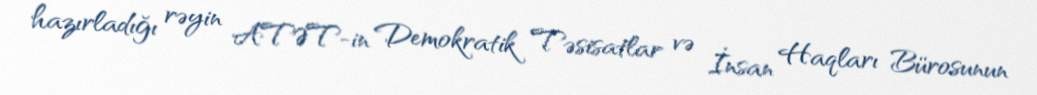
hazırladığı rəyin ATƏT-in Demokratik Təsisatlar və İnsan Haqları Bürosunun